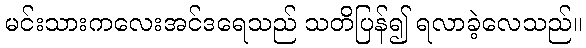
မင်းသားကလေးအင်ဒရေသည် သတိပြန်၍ ရလာခဲ့လေသည်။